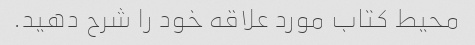
محیط کتاب مورد علاقه خود را شرح دهید.